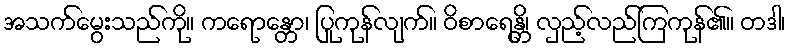
အသက်မွေးသည်ကို။ ကရောန္တော၊ ပြုကုန်လျက်။ ဝိစာရေန္တိ၊ လှည့်လည်ကြကုန်၏။ တဒါ၊